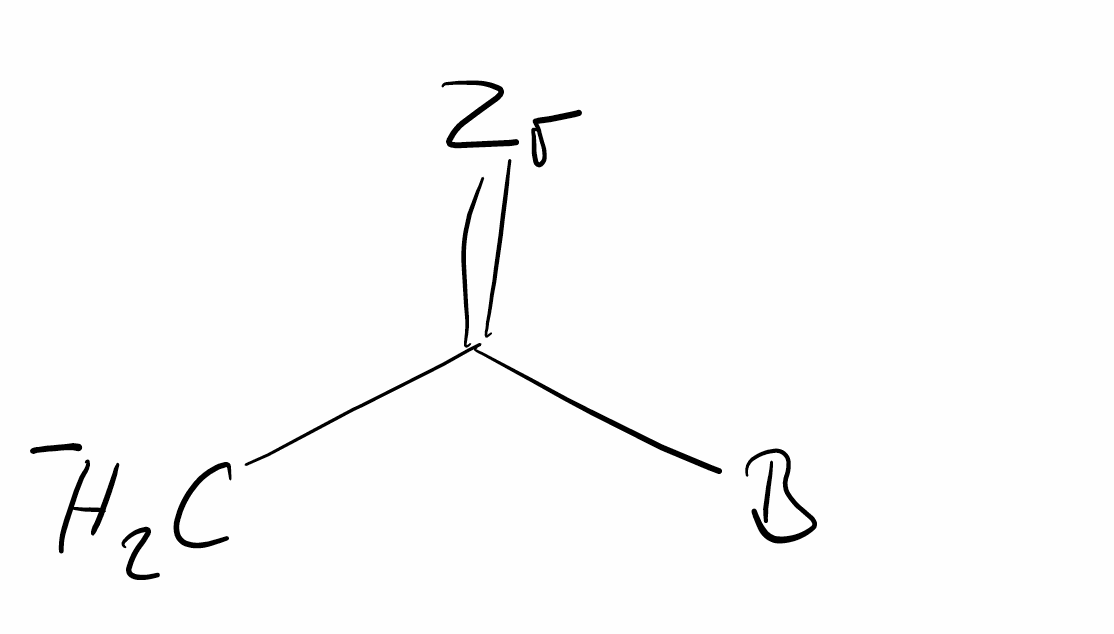
Simplified molecular-input line-entry system (SMILES) notation of the given molecule:
[B]C(=[Zr])[CH2-]